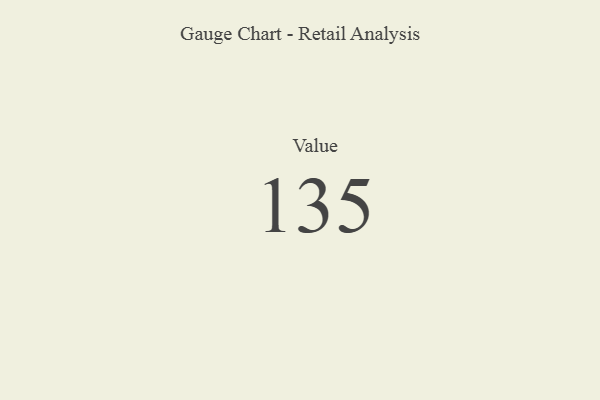
{"axis": {"x": "Metric", "y": "Value"}, "legend": [""], "data": [{"x": "Value", "y": 135, "type": ""}]}